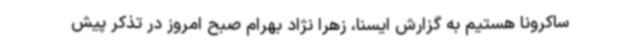
ساکرونا هستیم به گزارش ایسنا، زهرا نژاد بهرام صبح امروز در تذکر پیش